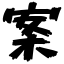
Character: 案